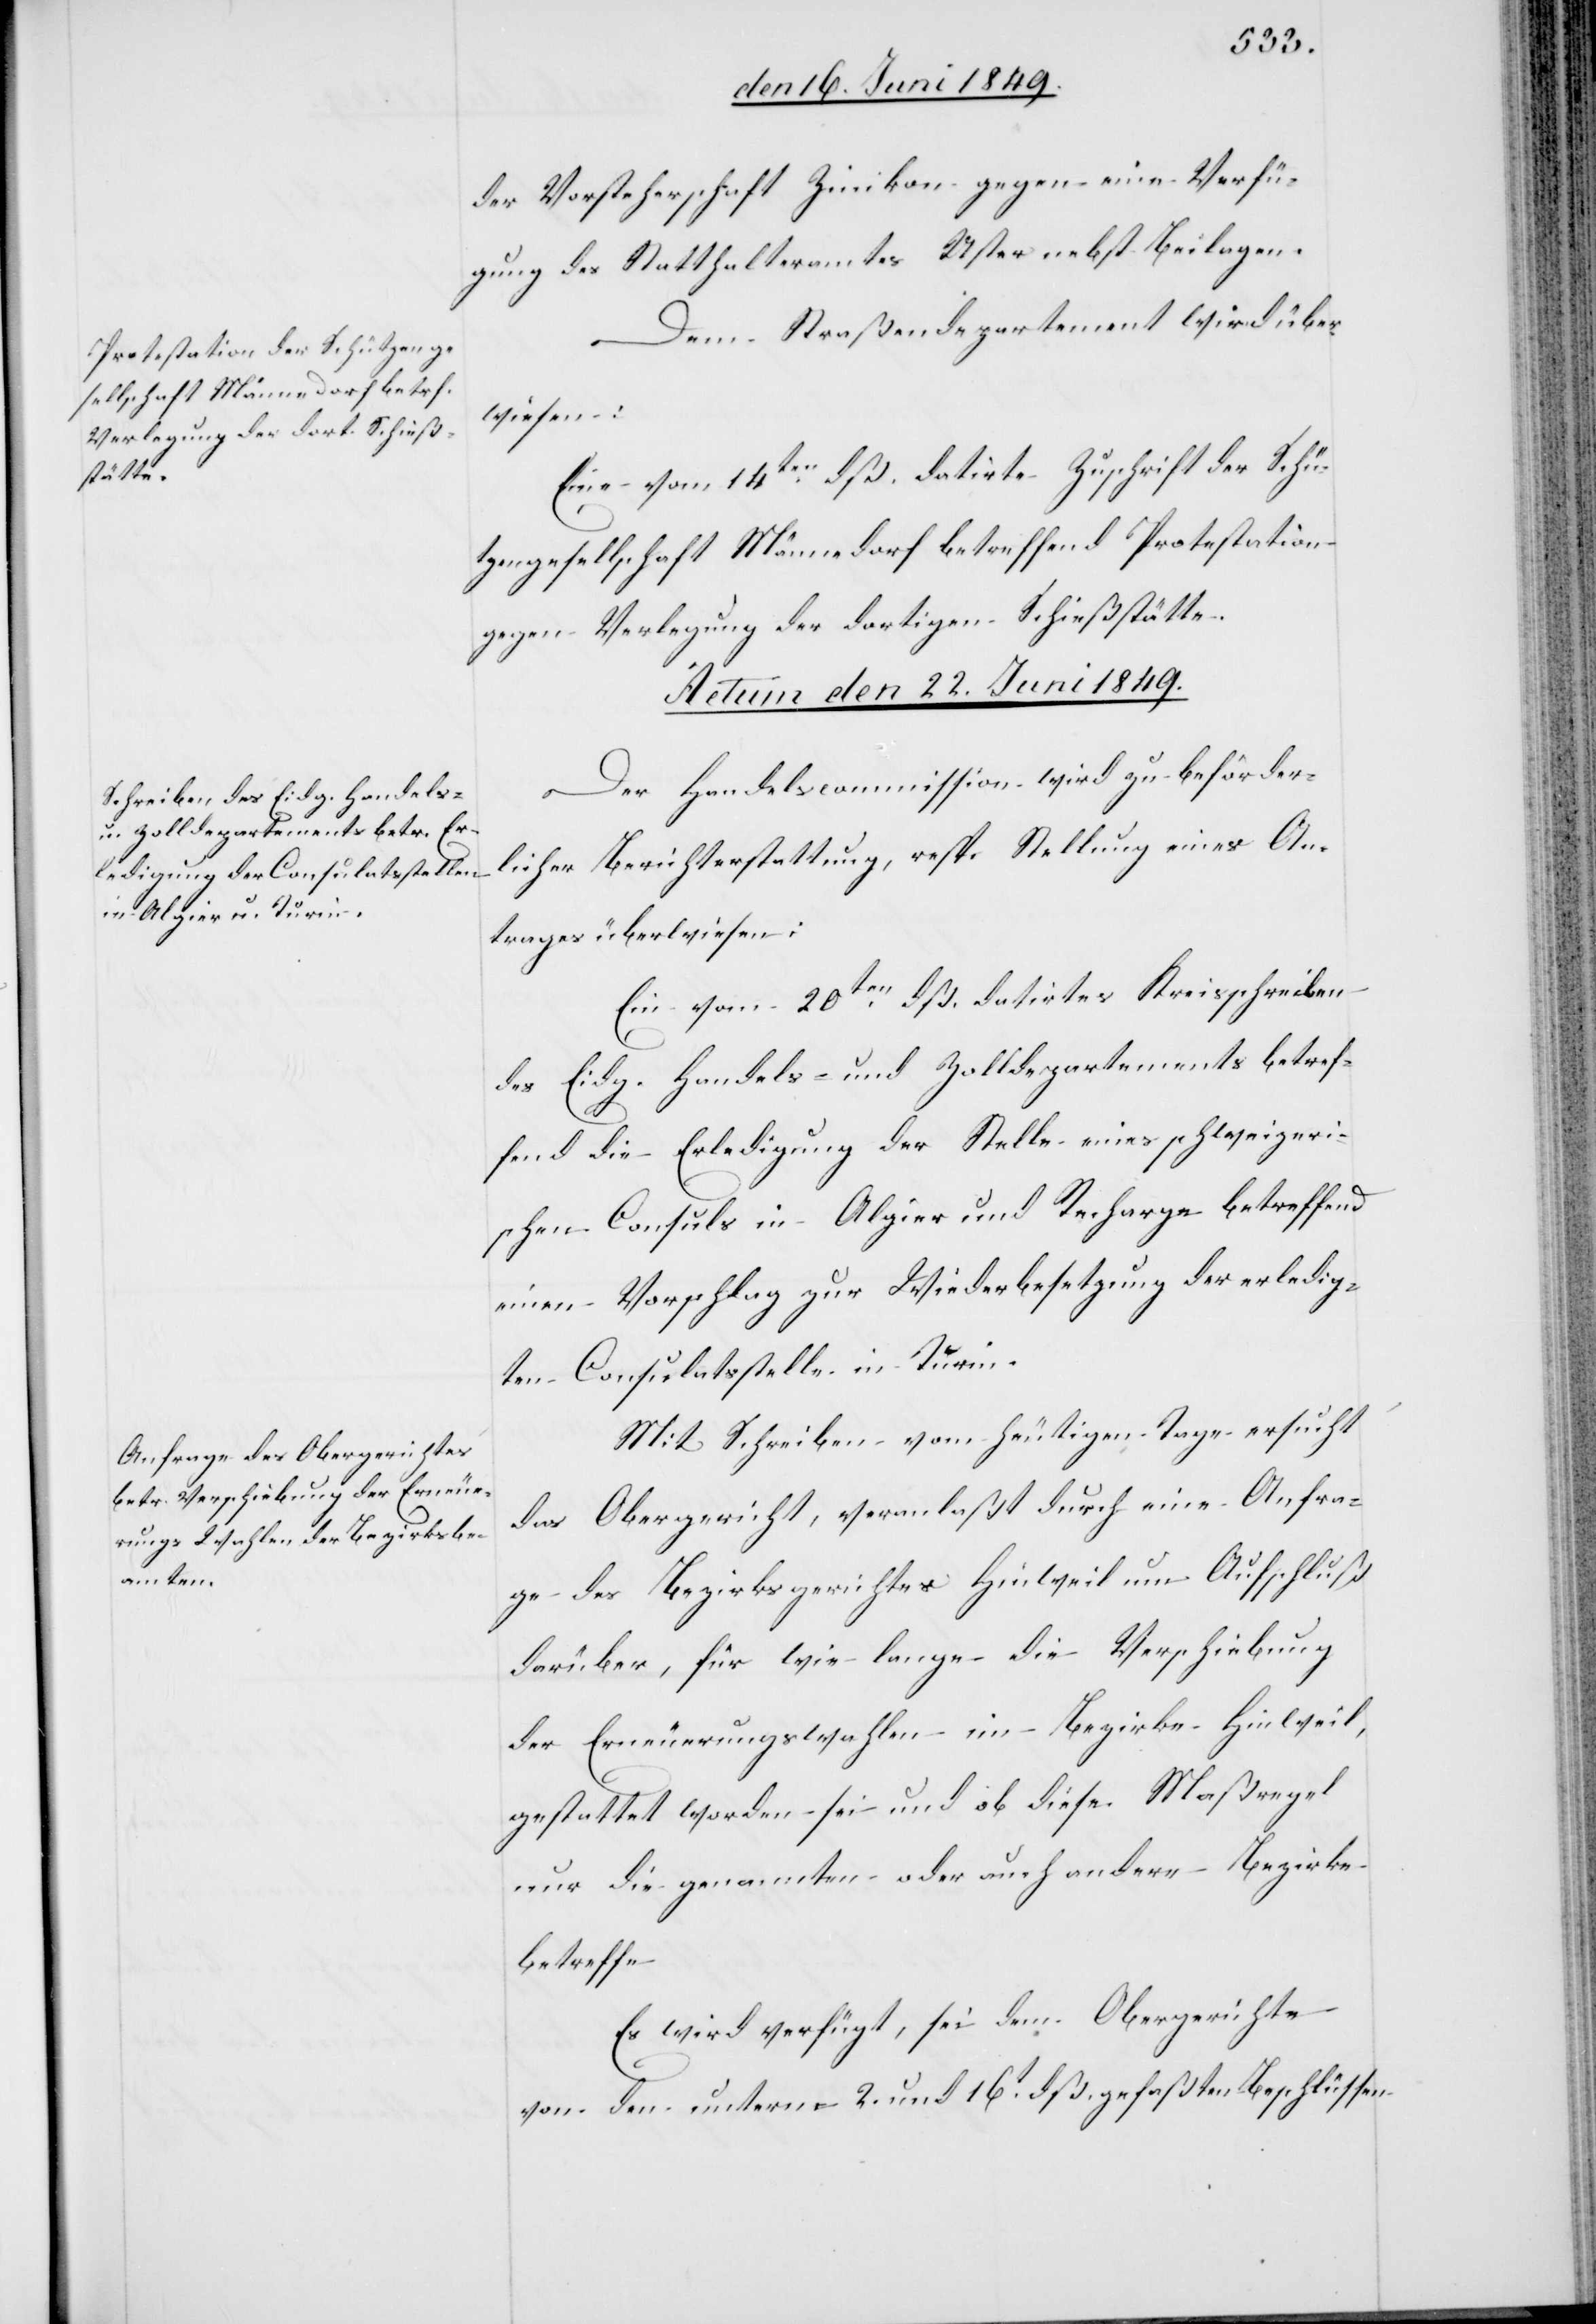
der Vorsteherschaft Zinikon [sic!] gegen eine Verfü¬
gung des Statthalteramtes Uster nebst Beilagen.
Dem Straßendepartement wird über¬
wiesen:
Eine vom 14ten dß. datirte Zuschrift der Schü¬
tzengesellschaft Männedorf betreffend Protestation
gegen Verlegung der dortigen Schießstätte.
Actum den 22. Juni 1849.]
Der Handelscommission wird zu beförder¬
licher Berichterstattung, resp. Stellung eines An¬
trages überwiesen:
Ein vom 20ten dß. datirtes Kreisschreiben
des Eidg. Handels- und Zolldepartements betref¬
fend die Erledigung der Stelle eines schweizeri¬
schen Consuls in Algier und Recharge betreffend
einen Vorschlag zur Wiederbesetzung der erledig¬
ten Consulatsstelle in Turin.
Mit Schreiben vom heutigen Tage ersucht
das Obergericht, veranlaßt durch eine Anfra¬
ge des Bezirksgerichtes Hinweil um Aufschluß
darüber, für wie lange die Verschiebung
der Erneuerungswahlen im Bezirke Hinweil,
gestattet worden sei und ob diese Maßregel
nur die genannten oder auch andere Bezirke
betreffe.
Es wird verfügt, sei dem Obergerichte
von den unterm 2. und 16t dß. gefaßten Beschlüssen